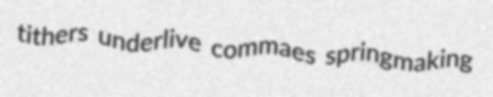
tithers underlive commaes springmaking